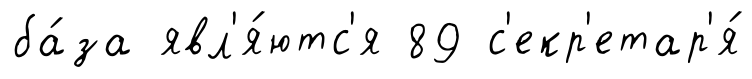
ба́за явл'я́ютс'я 89 с'екр'етар'я́